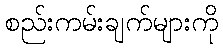
စည်းကမ်းချက်များကို